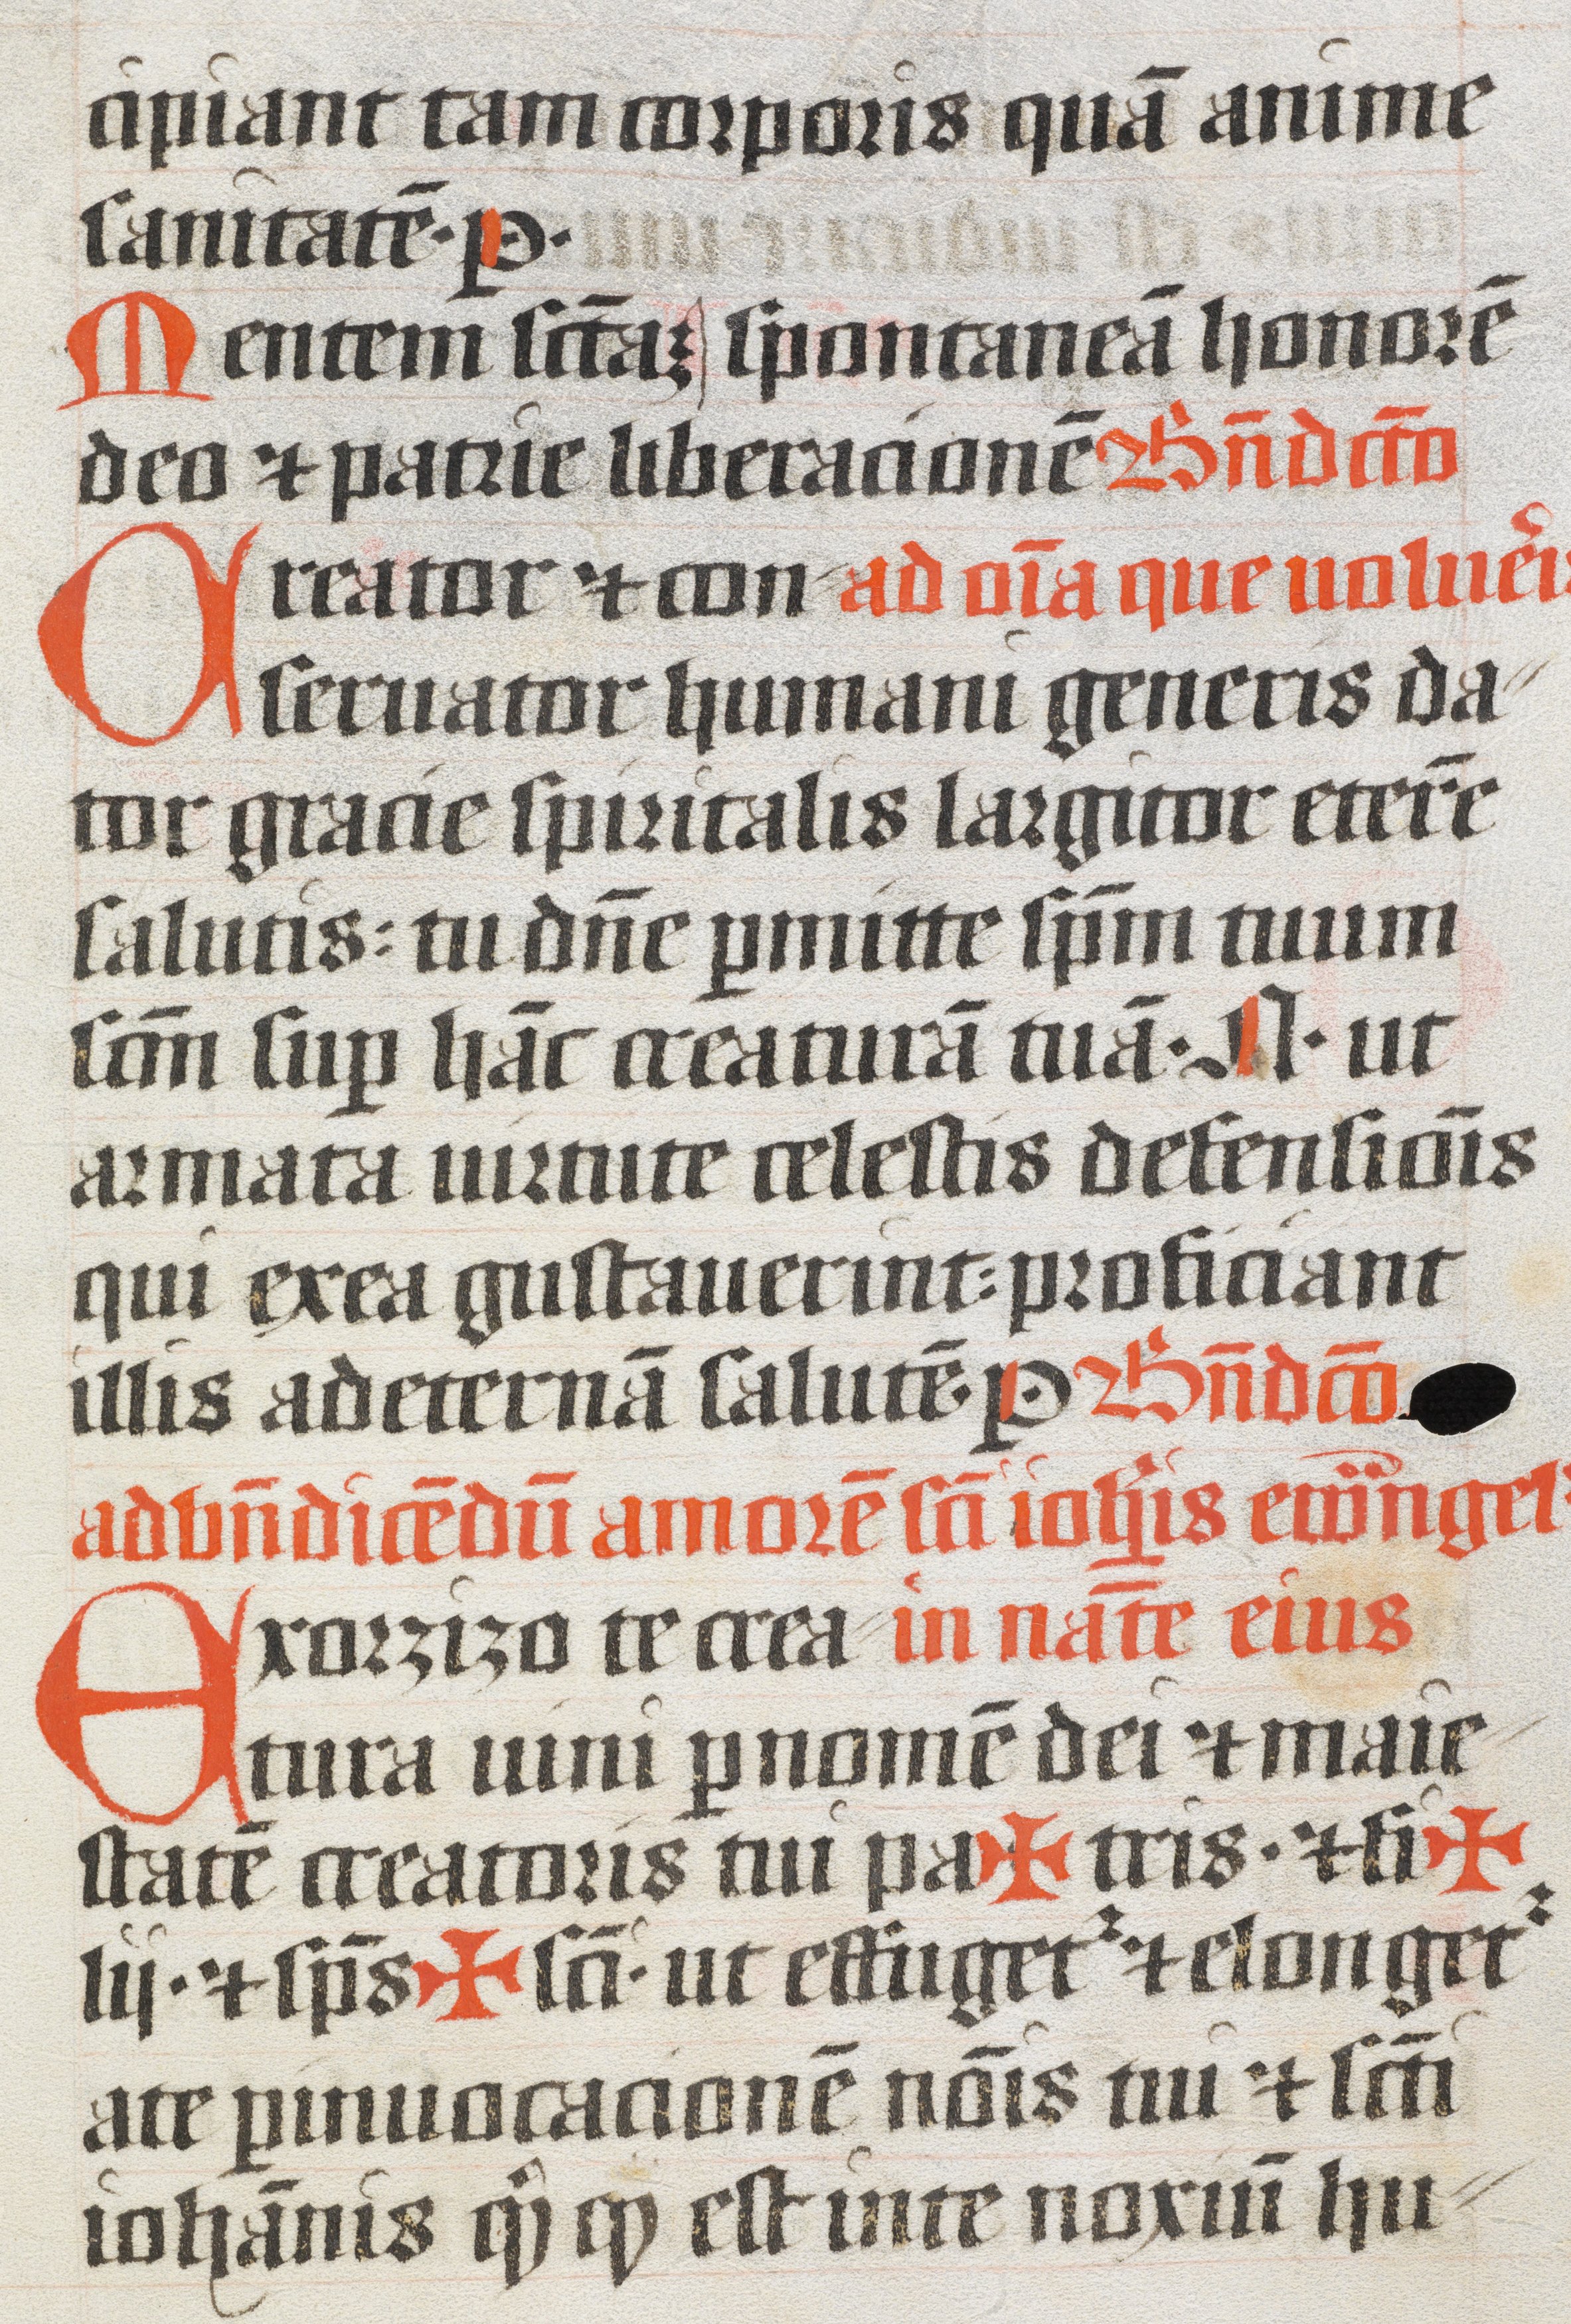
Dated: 1400–1499